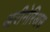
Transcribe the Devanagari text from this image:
अरीनेरिअस